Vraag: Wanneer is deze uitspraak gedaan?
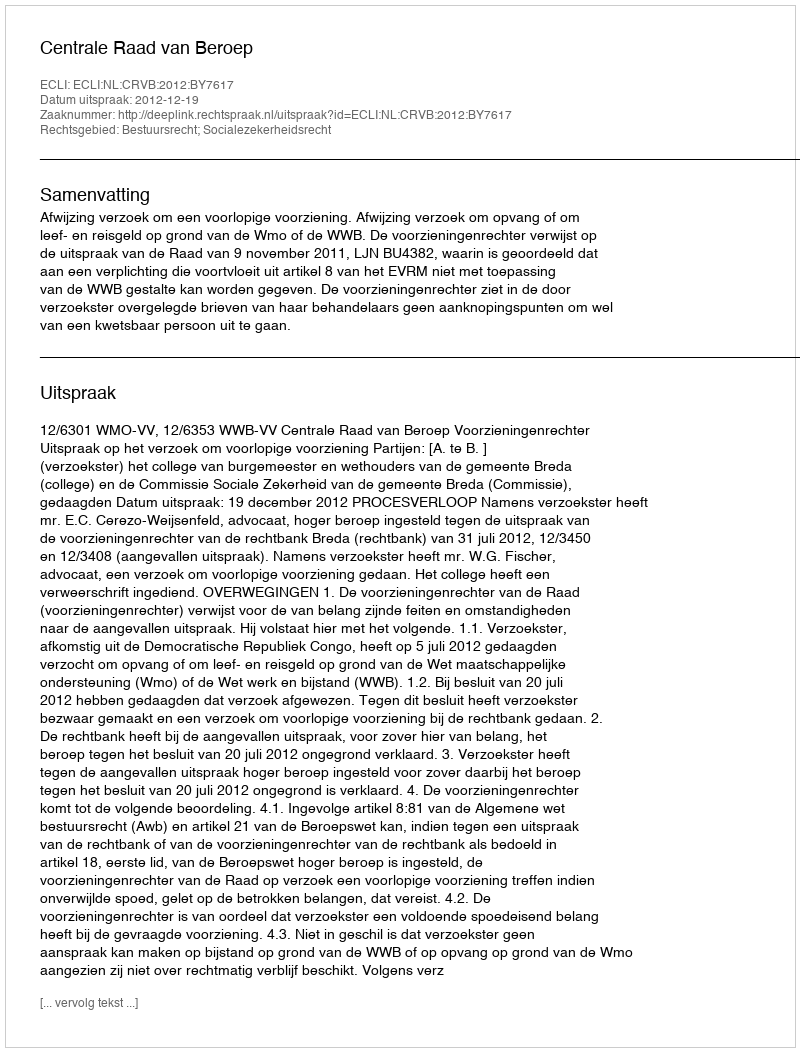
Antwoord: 2012-12-19